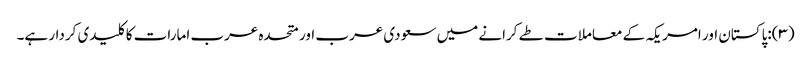
(۳):پاکستان اور امریکہ کے معاملات طے کرانے میں سعودی عرب اور متحدہ عرب امارات کا کلیدی کردار ہے۔